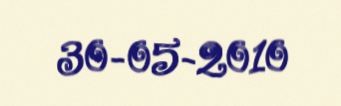
30-05-2010